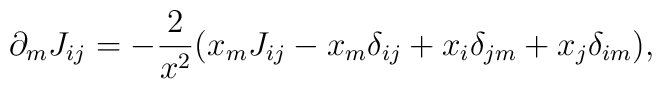
\partial_m J_{ij} = - \frac{2}{x^2} ( x_m J_{ij} - x_m \delta_{ij}+ x_i \delta_{jm} + x_j \delta_{im} ),